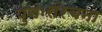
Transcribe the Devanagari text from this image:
पुनःसंरचना